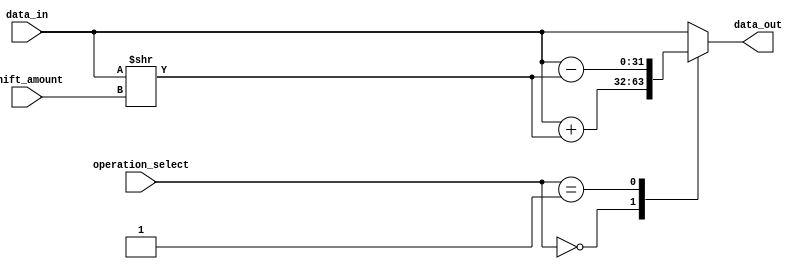
module hybrid_barrel_shifter(
    input signed [31:0] data_in,
    input [4:0] shift_amount,
    input [1:0] operation_select,
    output reg signed [31:0] data_out
);

reg signed [31:0] shifted_data;

always @(*) begin
    case (operation_select)
        2'b00: data_out = data_in + shifted_data;
        2'b01: data_out = data_in - shifted_data;
        default: data_out = data_in;
    endcase
end

always @(*) begin
    shifted_data = data_in >> shift_amount;
end

endmodule